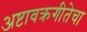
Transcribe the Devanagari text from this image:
अष्टावक्रगीतेचा